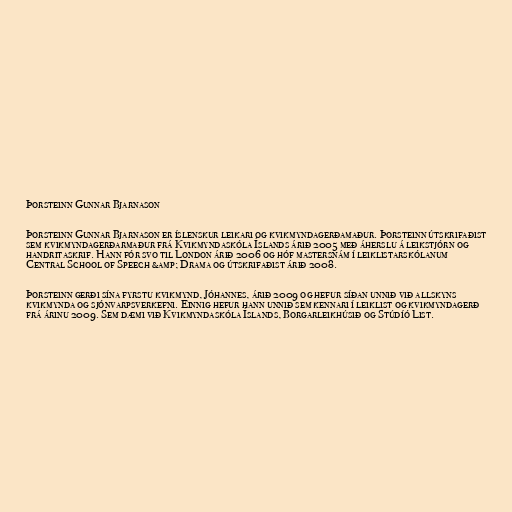
Þorsteinn Gunnar Bjarnason

Þorsteinn Gunnar Bjarnason er íslenskur leikari og kvikmyndagerðamaður. Þorsteinn útskrifaðist
sem kvikmyndagerðarmaður frá Kvikmyndaskóla Íslands árið 2005 með áherslu á leikstjórn og
handritaskrif. Hann fór svo til London árið 2006 og hóf mastersnám í leiklistarskólanum
Central School of Speech &amp; Drama og útskrifaðist árið 2008.

Þorsteinn gerði sína fyrstu kvikmynd, Jóhannes, árið 2009 og hefur síðan unnið við allskyns
kvikmynda og sjónvarpsverkefni. Einnig hefur hann unnið sem kennari í leiklist og kvikmyndagerð
frá árinu 2009. Sem dæmi við Kvikmyndaskóla Íslands, Borgarleikhúsið og Stúdíó List.